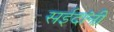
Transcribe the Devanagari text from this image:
सईदांनी